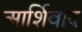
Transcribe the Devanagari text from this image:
आर्शिवाद